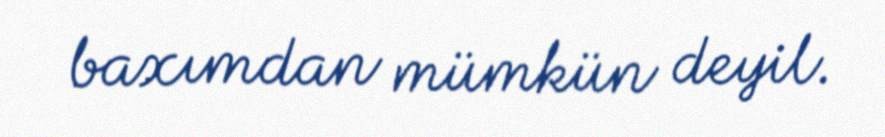
baxımdan mümkün deyil.